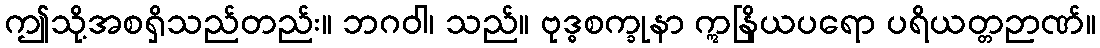
ဤသို့အစရှိသည်တည်း။ ဘဂဝါ၊ သည်။ ဗုဒ္ဓစက္ခုနာ ဣနြိယပရော ပရိယတ္တဉာဏ်။